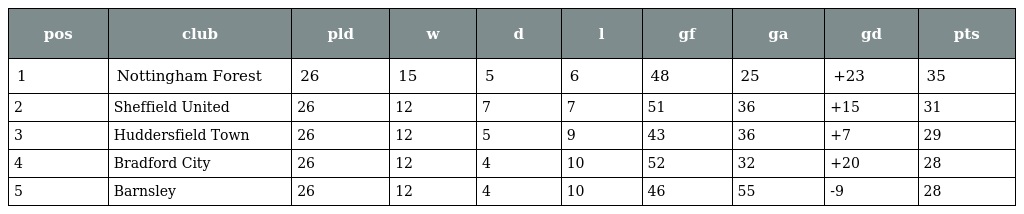
| pos | club | pld | w | d | l | gf | ga | gd | pts |
 | --- | --- | --- | --- | --- | --- | --- | --- | --- | --- |
 | 1 | Nottingham Forest | 26 | 15 | 5 | 6 | 48 | 25 | +23 | 35 |
 | 2 | Sheffield United | 26 | 12 | 7 | 7 | 51 | 36 | +15 | 31 |
 | 3 | Huddersfield Town | 26 | 12 | 5 | 9 | 43 | 36 | +7 | 29 |
 | 4 | Bradford City | 26 | 12 | 4 | 10 | 52 | 32 | +20 | 28 |
 | 5 | Barnsley | 26 | 12 | 4 | 10 | 46 | 55 | -9 | 28 |